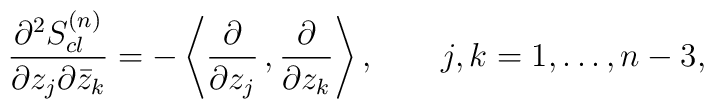
{\partial^2 S^{(n)}_{cl} \over \partial z_j\partial {\bar z_k}}=-\left \langle {\partial\over \partial z_j}\,,{\partial\over \partial z_k}\right \rangle ,\qquad j,k=1,\ldots,n-3,